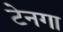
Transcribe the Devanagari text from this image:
टेनगा